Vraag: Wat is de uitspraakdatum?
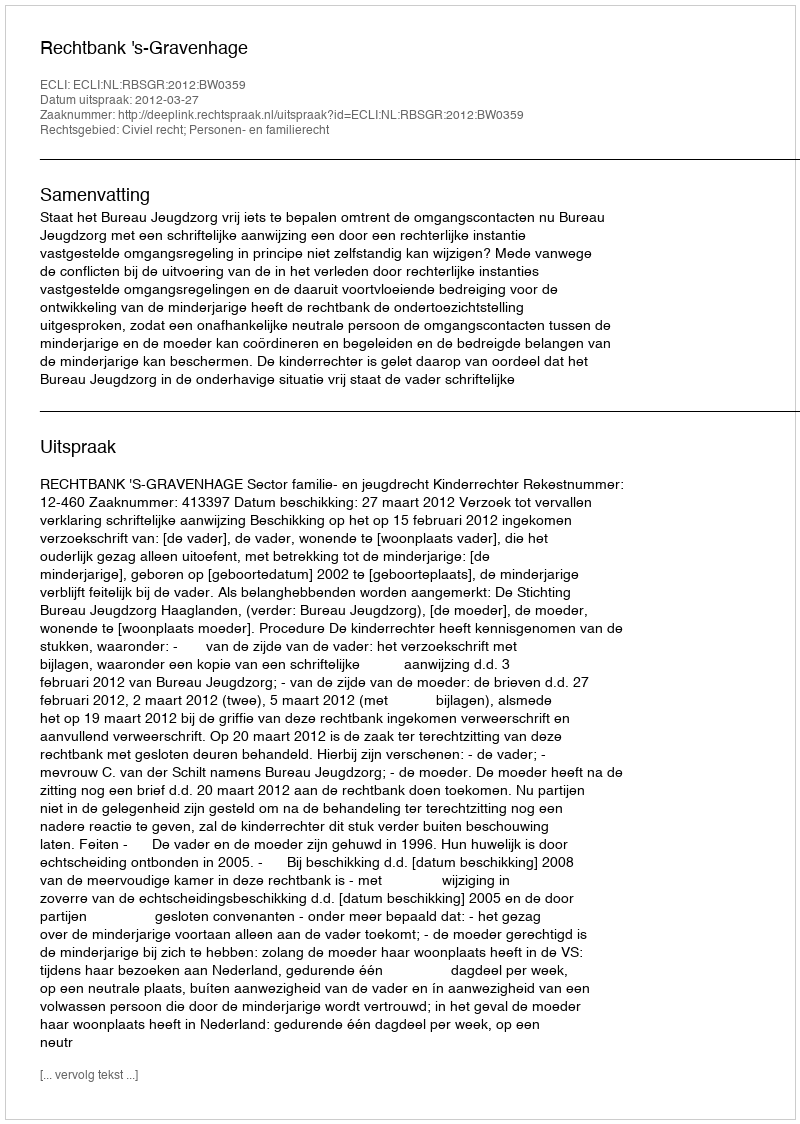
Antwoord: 2012-03-27